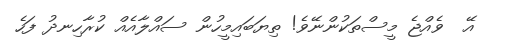
އޭ  ވެއްޖެ މީސްތަކުންނޭވެ! ތިޔަބައިމީހުން ސައްލާއެއް ކުރާހިނދު ފަހެ